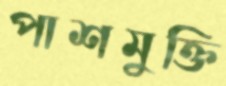
পাশমুক্তি